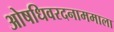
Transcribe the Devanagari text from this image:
ओषधिवरदनाममाला